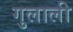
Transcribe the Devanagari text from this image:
गुलाली